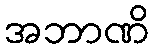
အဘာဏိ